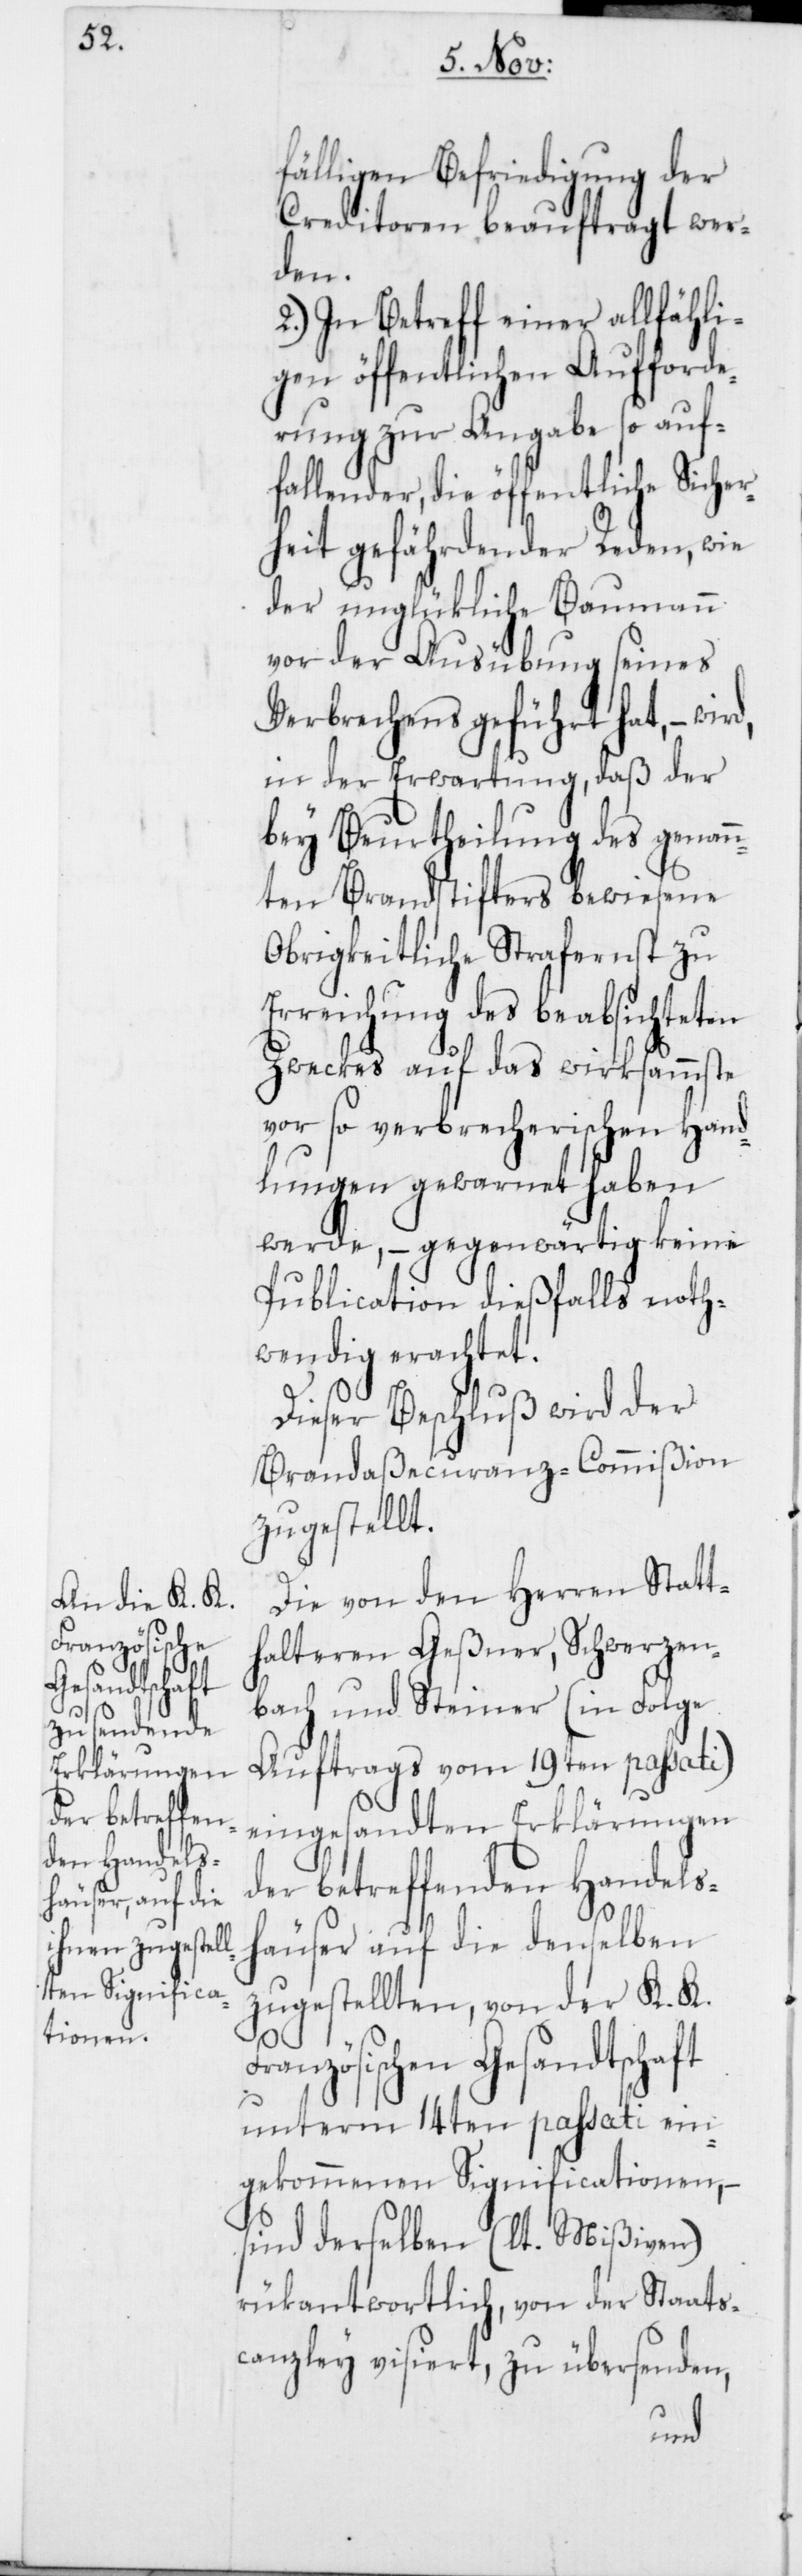
Französischen
Gesandtschaft

fälligen Befriedigung der
Creditoren beauftragt wer¬
den.
2.) In Betreff einer allfähli¬
gen öffentlichen Aufforde¬
rung zur Angabe so auf¬
fallender, die öffentliche Sicher¬
heit gefährdender Reden, wie
der unglükliche Baumann
vor der Ausübung seines
Verbrechens geführt hat, –
in der Erwartung, daß der
bey Beurtheilung des genann¬
ten Brandstifters bewiesene
Obrigkeitliche Strafernst zu
Erreichung des beabsichteten
Zweckes auf das wirksammste
vor so verbrecherischen Hand¬
lungen gewarnet haben
werde, – gegenwärtig keine
Publication dießfalls noth¬
wendig erachtet.
Dieser Beschluß wird der
Brandaßecuranz-Commißion
zugestellt.
Die von den Herren Statt¬
halteren Geßner, Schwerzen¬
bach und Steiner (in Folge
Auftrags vom 19ten passati)
eingesandten Erklärungen
der betreffenden Handels¬
häuser auf die denselben
zugestellten, von der K. K.
unterm 14ten passati ein¬
gekommenen Significationen, –
sind derselben (lt. Mißiven)
rükantwortlich, von der Staats¬
canzley visiert, zu übersenden,